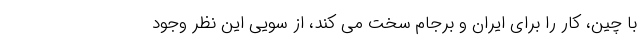
با چین، کار را برای ایران و برجام سخت می کند،‌ از سویی این نظر وجود